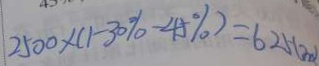
2 5 0 0 \times ( 1 - 3 0 \% - 4 5 \% ) = 6 2 5 ( m )